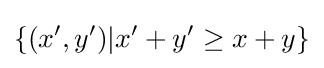
\{(x',y')|x'+y'\geq x+y\}